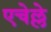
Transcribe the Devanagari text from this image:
एचेल्ले